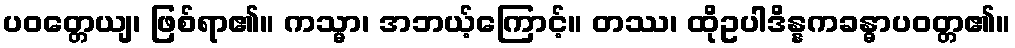
ပဝတ္တေယျ၊ ဖြစ်ရာ၏။ ကသ္မာ၊ အဘယ့်ကြောင့်။ တဿ၊ ထိုဥပါဒိန္နကခန္ဓာပဝတ္တ၏။